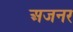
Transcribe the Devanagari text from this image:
अजनर